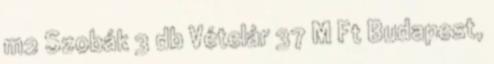
m2 Szobák 3 db Vételár 37 M Ft Budapest,